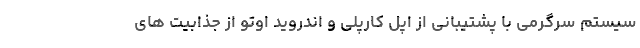
سیستم سرگرمی با پشتیبانی از اپل کارپلی و اندروید اوتو از جذابیت های